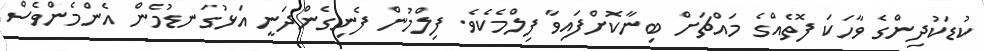
ކުޑަކުދިންގެ ވާހަކަ ފޮތެއްގެ މައްޗަށް ބިނާކޮށްފައިވާ ފިލްމެކެވެ. ފިލްމުން ފެނިގެންދަނީ އަޅުގަނޑުމެން އެންމެންވެސް